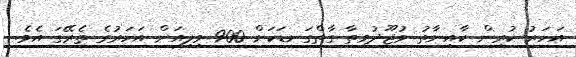
އަހަރު ކުރިން ކާއިނާތު ވުޖޫދުވިތާ ގާތްގަނޑަކަށް 900 މިލިއަން އަހަރުގެ ތެރޭގަ އެވެ.